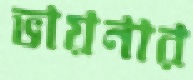
ভায়নার